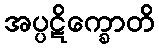
အပ္ပဋိက္ခောတိ